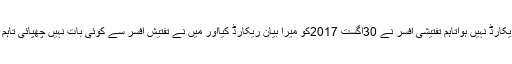
جس پر انہوں نے جواب دیاکہ میرا 17اگست 2017 کو نیب میں کوئی بیان ریکارڈ نہیں ہواتاہم تفتیشی افسر نے 30اگست 2017کو میرا بیان ریکارڈ کیااور میں نے تفتیش افسر سے کوئی بات نہیں چھپائی تاہم میں نے تفتیشی افسر کو نہیں بتایا کہ بنک اکاﺅنٹ تین افراد آپریٹ کررہے ہیں۔